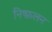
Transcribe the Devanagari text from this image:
निष्फ़लन